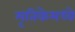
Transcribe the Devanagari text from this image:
मृतिकेमध्ये